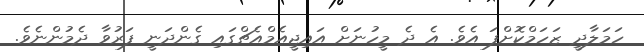
ހަމަލާދީ ޒަހަމްކޮށްފަ އެވެ. އެ ދެ މީހުނަށް އައިޖީއެމްއެޗްގައި ގެންދަނީ ފަރުވާ ދެމުންނެވެ.